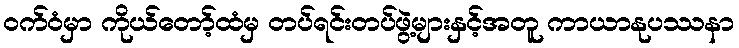
ဝက်ဝံမှာ ကိုယ်တော့်ထံမှ တပ်ရင်းတပ်ဖွဲ့များနှင့်အတူ ကာယာနုပဿနာ